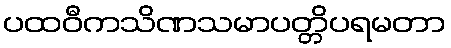
ပထဝီကသိဏသမာပတ္တိပရမတာ